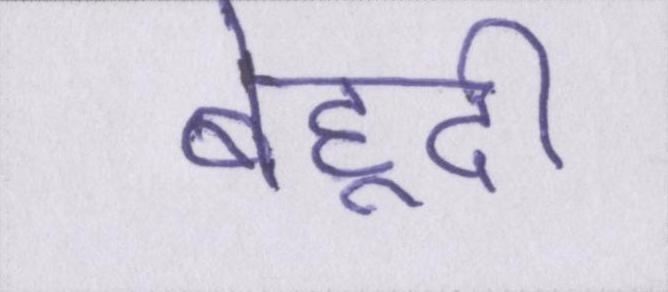
बेहूदी